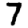
Digit: 7